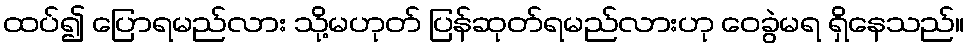
ထပ်၍ ပြောရမည်လား သို့မဟုတ် ပြန်ဆုတ်ရမည်လားဟု ဝေခွဲမရ ရှိနေသည်။